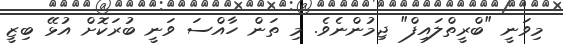
މިވަނީ "ބްރީތްލައިފް" ޖިމުންނެވެ. މި ތަން ހާއްސަ ވަނީ ބުރަކޮށް އުޅޭ ބިޒީ